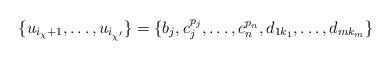
LaTeX: \begin{align*}\{u_{i_{\chi}+1},\ldots,u_{i_{\chi'}}\}=\{b_j,c_j^{p_j},\ldots,c_n^{p_n},d_{1k_1},\ldots,d_{mk_m}\}\end{align*}